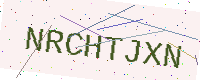
Text: NRCHTJXN